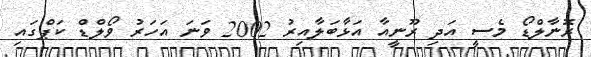
ރޮނާލްޑޯ މެސީ އަދި ރޫނީއާ އަޅާބަލާއިރު 2002 ވަނަ އަހަރު ވޯލްޑް ކަޕްގައި